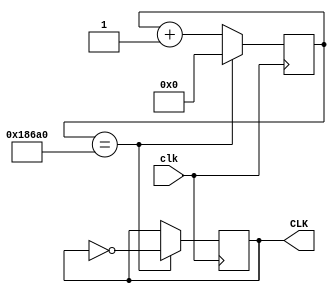
`timescale 1ns / 1ps
//////////////////////////////////////////////////////////////////////////////////
// Company: 
// Engineer: 
// 
// Design Name: 
// Module Name: 7Seg_Driver
// Project Name: 
// Target Devices: 
// Tool Versions: 
// Description: 
// 
// Dependencies: 
// 
// Revision:
// Revision 0.01 - File Created
// Additional Comments:
// 
//////////////////////////////////////////////////////////////////////////////////

module divider(clk, CLK);
	input clk;                      // 
	output CLK;                   // 
	reg CLK_N;
	parameter N = 100_000;      // 1Hz,N=fclk/fclk_N
	reg [31:0] counter;             /* 0(N/2-1) */
	always @(posedge clk)  begin    // 
		if(counter==N)
			begin
			CLK_N <= ~CLK_N;
			counter=0;
		    end
	   else begin
	       counter = counter+1;
	   end
	end 
	assign CLK=CLK_N;                          
endmodule